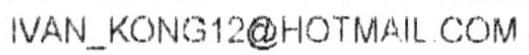
IVAN_KONG12@HOTMAIL.COM